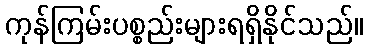
ကုန်ကြမ်းပစ္စည်းများရရှိနိုင်သည်။